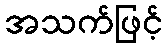
အသက်ဖြင့်